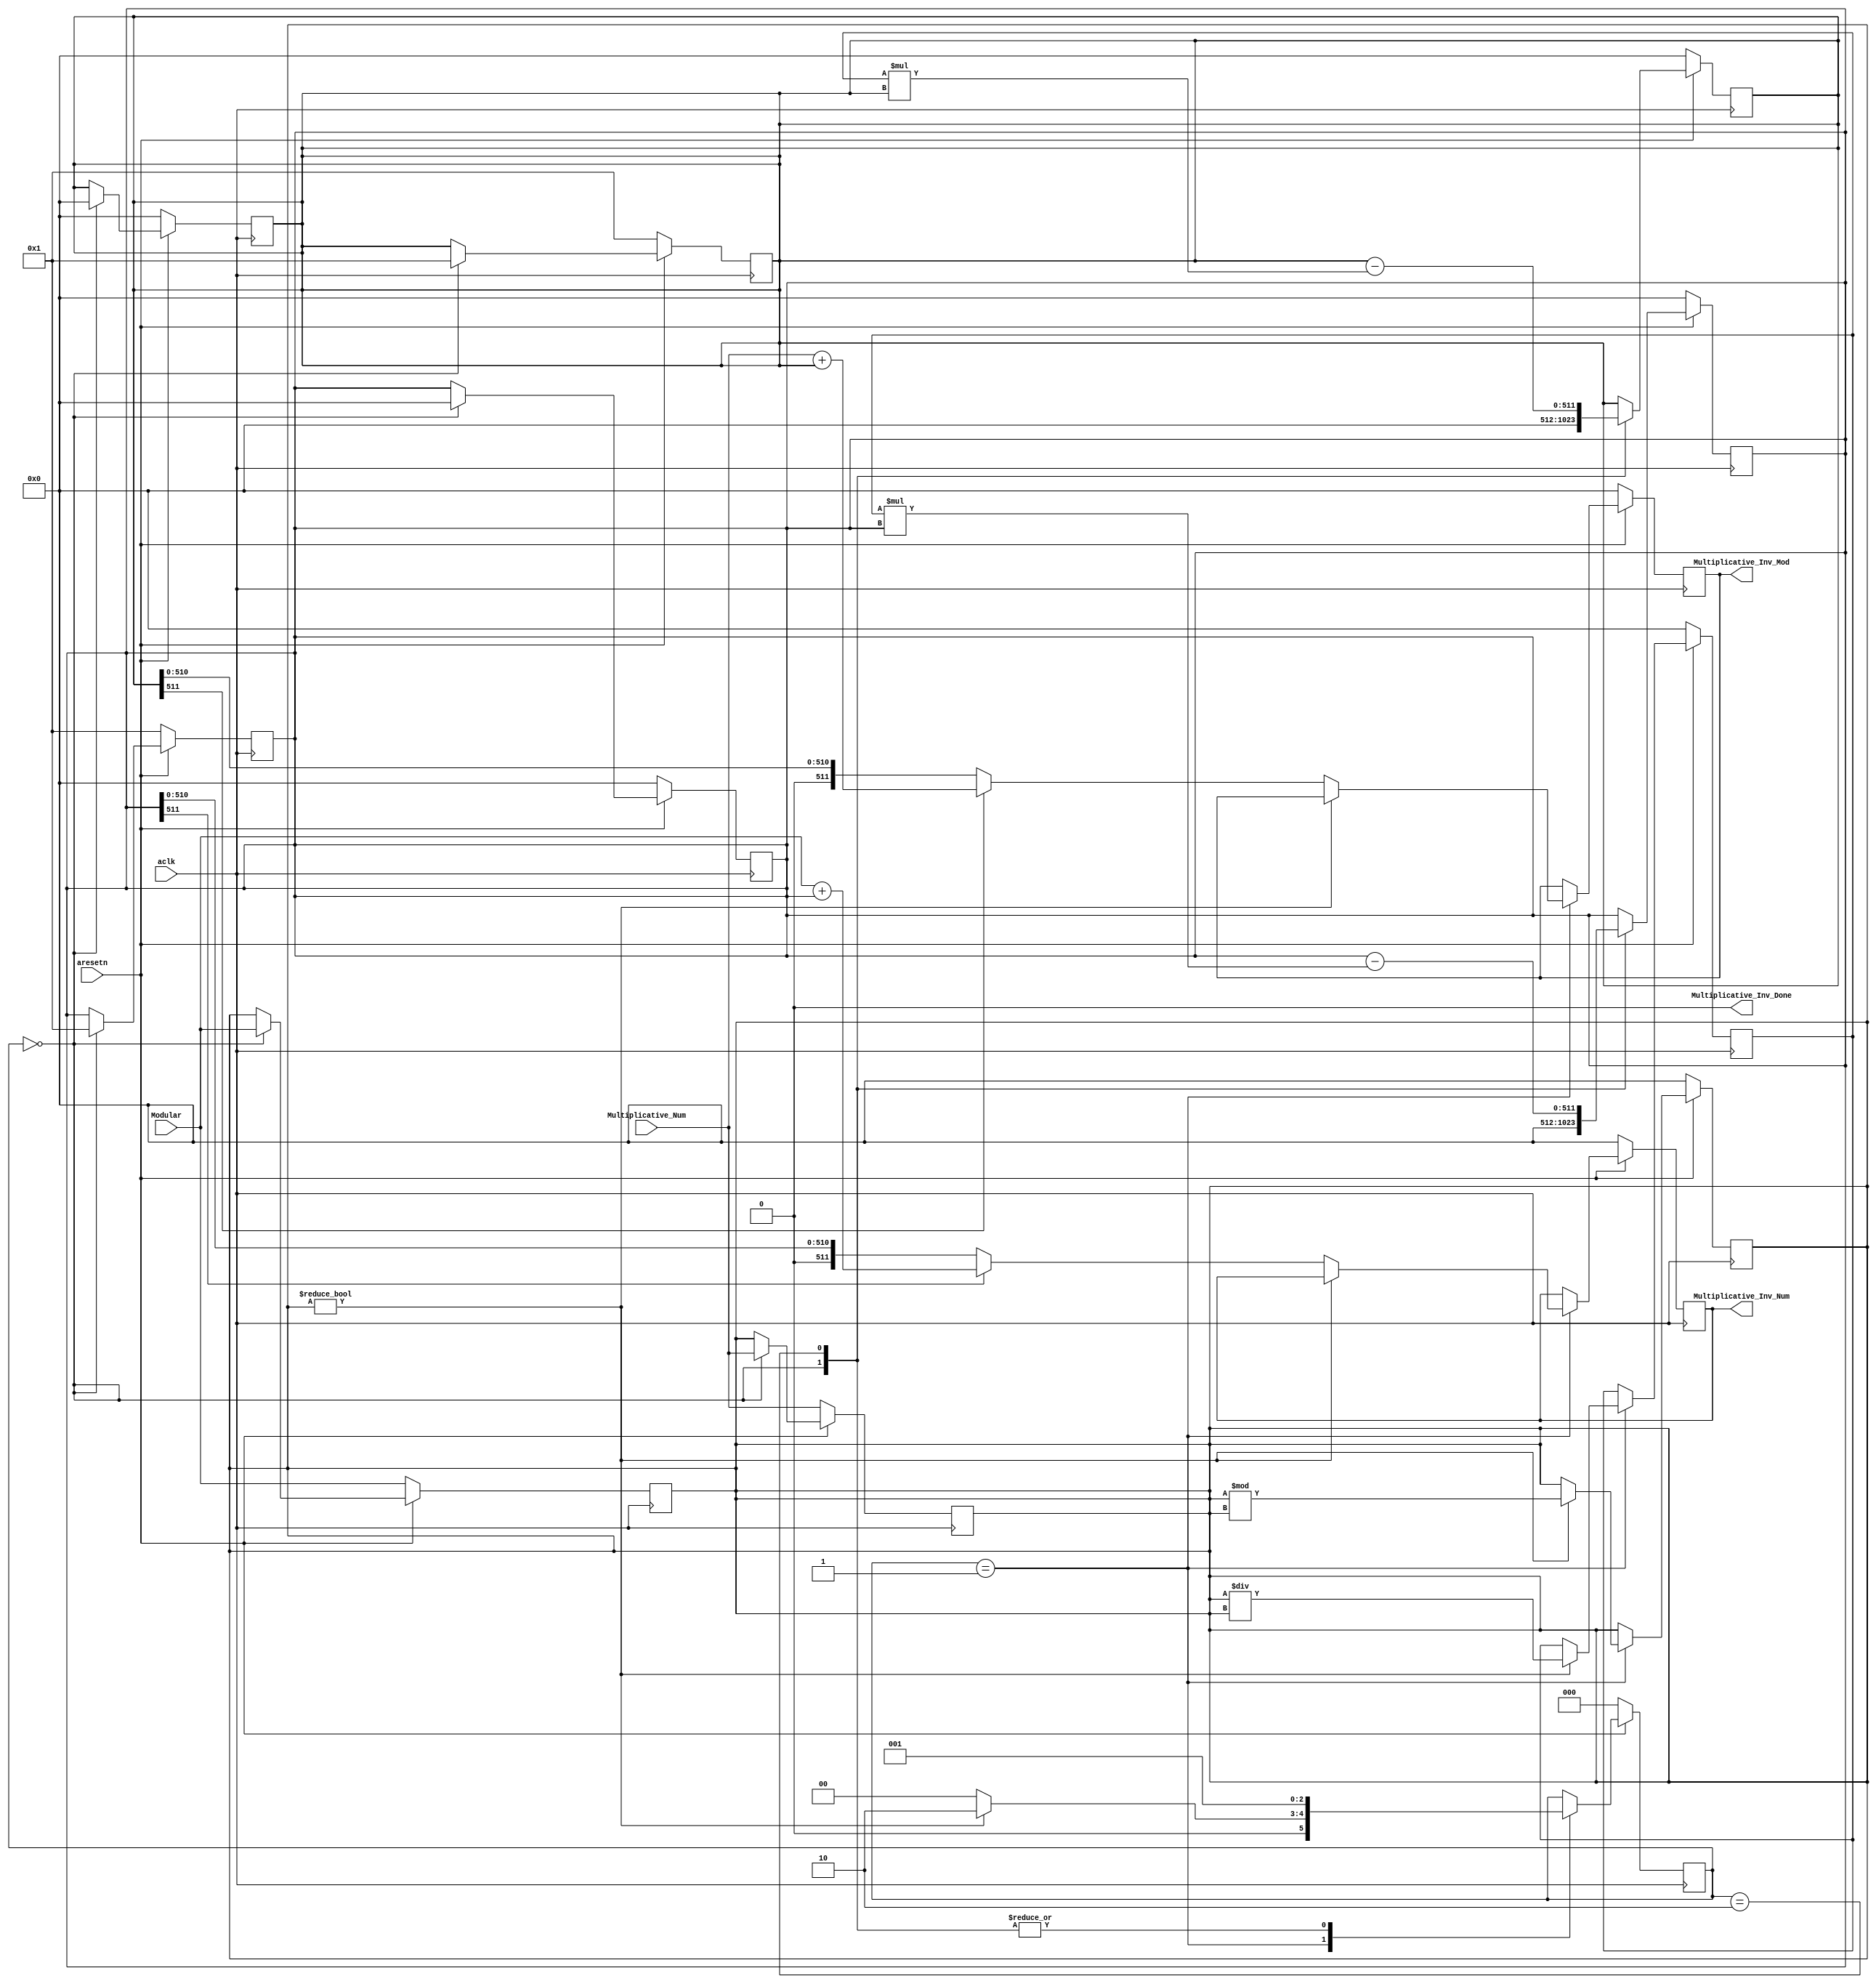
//extended euclidean algorithm
`timescale 1ns / 1ps
//Inverse
module ext_euclidean
#(
	parameter       WIDTH 	= 512
)(
	input aclk,    // Clock
	input aresetn,  // Asynchronous reset active low

	input wire [WIDTH-1:0] Multiplicative_Num,
	input wire [WIDTH-1:0] Modular,

	output reg [WIDTH-1:0] Multiplicative_Inv_Mod,
	output reg [WIDTH-1:0] Multiplicative_Inv_Num,
	output reg 			   Multiplicative_Inv_Done
	//output reg    		   error //if gcd of two numbers are != 1 ,output =1
);
//----------------------------------------------------------------
// Parameters.
//----------------------------------------------------------------

localparam STATE_INIT           = 3'd0 ;
localparam STATE_RUN            = 3'd1 ; 
localparam STATE_NEXT           = 3'd2 ;

//---------------------------------------------------------------------------------------------------------------------
// Internal wires and registers
//--------------------------------------------------------------------------------------------------------------------- 
reg [WIDTH-1:0]	X_1;
reg [WIDTH-1:0] X_2;
reg [WIDTH-1:0]	Y_1;
reg [WIDTH-1:0] Y_2;

reg [WIDTH-1:0] q,r,a,b,x,y;

reg 	  start;
reg [2:0] state;
//----------------------------------------------------------------
// assignments for ports.
//----------------------------------------------------------------
 
//---------------------------------------------------------------------------------------------------------------------
// Implementation
//---------------------------------------------------------------------------------------------------------------------

/*always @*
begin : start_algo
  start = 1'b1;
end // key_mem_read*/

//start
always @(Multiplicative_Num,Modular) begin
	start = 1'b1;
	Multiplicative_Inv_Done <= 1'b0;	
end
always @(posedge aclk ) begin 
	if(!aresetn) begin
		start <= 1'b0;
	end else begin
		case (state)

			STATE_RUN   :
			begin
				start <= 1'b0;
			end
		
			default : /* default */;
		endcase
	end
end


//FSM
always @(posedge aclk ) begin 
	if(!aresetn) begin
		state <= STATE_INIT;
	end else begin
		case (state)
			STATE_INIT  :
			begin
				if (start) begin
					state <= STATE_RUN;
				end
			end
			STATE_RUN   :
			begin
				if (b!=512'b0) begin
					state <= STATE_NEXT;
				end else begin
					state <= STATE_INIT;
				end
			end
			STATE_NEXT  :
			begin
			
				state <= STATE_RUN;
			end
			/*STATE_NEXT_01 :
			begin
			end*/
			
		
			default : /* default */;
		endcase
	end
end
//x,y
always @(posedge aclk ) begin 
	if(!aresetn) begin
		x <= 512'd0;
		y <= 512'd0;
	end else begin
		case (state)
			STATE_INIT  :
			begin
				x <= 512'd0;
				y <= 512'd0;
			end
			
			STATE_NEXT  :
			begin
				x <= X_2 - (q*X_1);
				y <= Y_2 - (q*Y_1);
			end
			/*STATE_NEXT_01 :
			begin
			end*/
			
		
			default : /* default */;
		endcase
	end
end

always @(posedge aclk ) begin 
	if(!aresetn) begin
		a <= Modular;
		b <= Multiplicative_Num;
		X_1	<= 512'd0;
		X_2	<= 512'd1;
		Y_1	<= 512'd1;
		Y_2	<= 512'd0;
	end else begin
		case (state)
			STATE_INIT  :
			begin
				a <= Modular;
				b <= Multiplicative_Num;
				X_1	<= 512'd0;
				X_2	<= 512'd1;
				Y_1	<= 512'd1;
				Y_2	<= 512'd0;

			end
		
			default : /* default */;
		endcase
	end
end

always @(x,y) begin
	a = b;
	b = r;
	X_2 = X_1;
	X_1 = x;
	Y_2 = Y_1;
	Y_1 = y;
end

//q,r
always @(posedge aclk ) 
begin 
	if(!aresetn) begin
		q <= 512'd0;
		r <= 512'd0;
		Multiplicative_Inv_Num <= 512'd0;
		Multiplicative_Inv_Mod <= 512'd0;
	end else begin
		case (state)
			STATE_RUN  :
			begin
				if (b!=512'b0) begin
					q <= a/b;
					r <= a%b;
				end else begin
					//check for sign bit
					if (Y_2[511]) begin //if number if negetive sign bit is one 
						Multiplicative_Inv_Num <= Modular+Y_2;
					end else begin
						Multiplicative_Inv_Num <= Y_2;
					end
					
					if (X_2[511]) begin //if number if negetive sign bit is one 
						Multiplicative_Inv_Mod <= Multiplicative_Num+X_2;
					end else begin
						Multiplicative_Inv_Mod <= X_2;
					end	

					
				/*	if (a) begin
						error <= 1'b0;
					end else begin
						error <= 1'b1;
					end*/
				end
			end
		
			default : /* default */;
		endcase
	end
end
//done
always @(posedge aclk ) 
begin 
	if(!aresetn) begin
		Multiplicative_Inv_Done <= 1'b0;		
	end else begin
		case (state)
			STATE_RUN  :
			begin
				if (b!=512'b0) begin
					Multiplicative_Inv_Done <= 1'b0;		
				end else begin
					Multiplicative_Inv_Done <= 1'b1;		
				end
			end
		
			default : ;
		endcase
	end
end
/*always @(b) begin
	if (b!=512'b0) begin
		Multiplicative_Inv_Done <= 1'b0;		
	end else begin
		Multiplicative_Inv_Done <= 1'b1;		
	end
end*/






endmodule //ext_euclidean